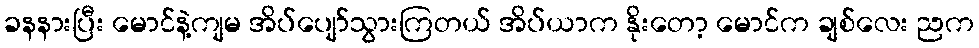
ခနနားပြီး မောင်နဲ့ကျမ အိပ်ပျော်သွားကြတယ် အိပ်ယာက နိုးတော့ မောင်က ချစ်လေး ညက